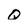
Character: Q